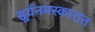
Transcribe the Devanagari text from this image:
सूर्यनमस्कारात